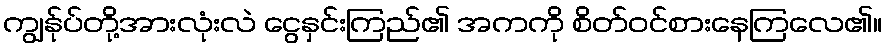
ကျွန်ုပ်တို့အားလုံးလဲ ငွေနှင်းကြည်၏ အကကို စိတ်ဝင်စားနေကြလေ၏။